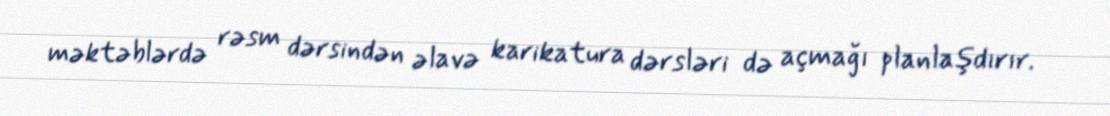
məktəblərdə rəsm dərsindən əlavə karikatura dərsləri də açmağı planlaşdırır.